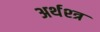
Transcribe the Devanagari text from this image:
अर्थश्त्र